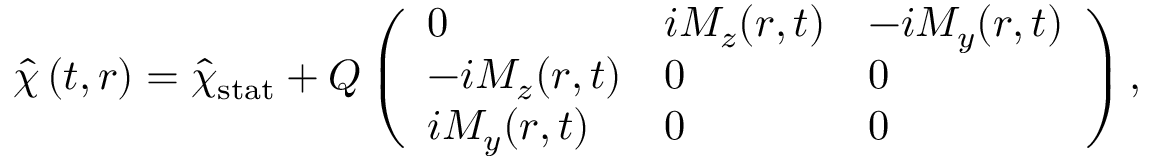
\hat { \chi } \left( t , \boldsymbol { r } \right) = { \hat { \chi } } _ { \mathrm { s t a t } } + Q \left( \begin{array} { l l l } { 0 } & { i M _ { z } ( { \boldsymbol { r } } , t ) } & { - i M _ { y } ( { \boldsymbol { r } } , t ) } \\ { - i M _ { z } ( { \boldsymbol { r } } , t ) } & { 0 } & { 0 } \\ { i M _ { y } ( { \boldsymbol { r } } , t ) } & { 0 } & { 0 } \end{array} \right) ,